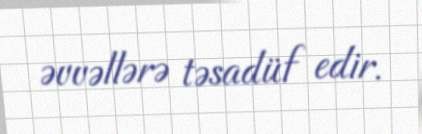
əvvəllərə təsadüf edir.